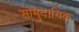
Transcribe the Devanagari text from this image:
सामुदायिक